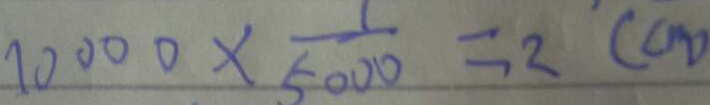
1 0 0 0 0 \times \frac { 1 } { 5 0 0 0 } = 2 ( c m )